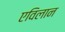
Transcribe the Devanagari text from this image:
एविलान